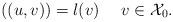
LaTeX: \begin{align*}((u,v))=l(v) \ \ \ \ v\in {\mathcal{X}_0}.\end{align*}